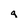
Character: q